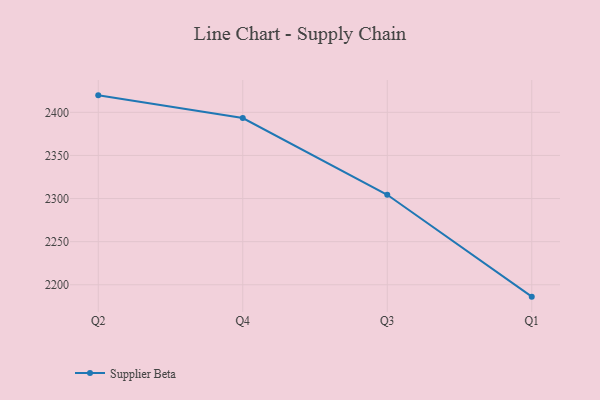
{"axis": {"x": "Quarter", "y": "Market Share (%)"}, "legend": ["Supplier Beta"], "data": [{"x": "Q2", "y": 2419.7, "type": "Supplier Beta"}, {"x": "Q4", "y": 2393.4, "type": "Supplier Beta"}, {"x": "Q3", "y": 2304.4, "type": "Supplier Beta"}, {"x": "Q1", "y": 2186.2, "type": "Supplier Beta"}]}